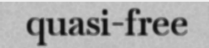
quasi-free